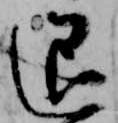
退